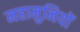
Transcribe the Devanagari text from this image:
महामुनियों